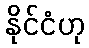
နိုင်ငံဟု